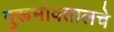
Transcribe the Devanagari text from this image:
गुरूभोवतालचे